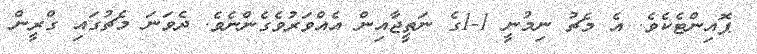
ޕޮއިންޓެކެވެ. އެ މެޗު ނިމުނީ 1-1ގެ ނަތީޖާއިން އެއްވަރުވެގެންނެވެ. ދެވަނަ މެޗުގައި ގްރީން